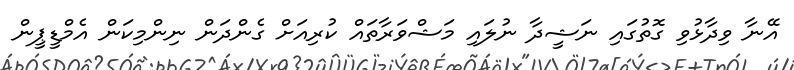
އޭނާ ވިދާޅުވި ގޮތުގައި ނަޝީދާ ނުލައި މަޝްވަރާތައް ކުރިއަށް ގެންދަން ނިންމިކަން އެމްޑީޕީން